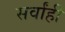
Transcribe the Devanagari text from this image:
सर्वांही